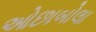
ઓછાબોલા